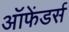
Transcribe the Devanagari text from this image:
ऑफेंडर्स